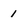
Character: 1